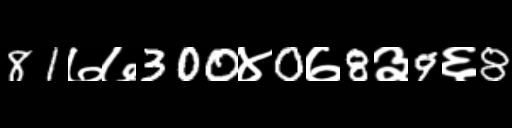
Text: 81७७300४0७8३9६8